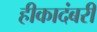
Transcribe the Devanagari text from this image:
हीकादंबरी